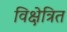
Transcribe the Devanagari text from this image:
विक्षेत्रित